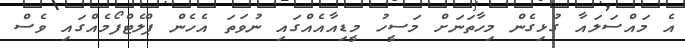
އެ މައްސަލައާ ގުޅިގެން މިހާތަނަށް މަސީހު މީޑިއާއެއްގައި ނުވަތަ އެހެން ޕްލެޓްފޯމެއްގައި ވެސް